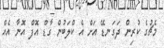
މެޗުގެ ކުރިން ދަގަނޑޭ އަށް އެ ކްލަބުން ގާޑް އޮފް އޮނާ އެއް